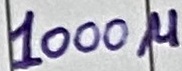
Text: 1000u